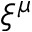
\xi ^ { \mu }